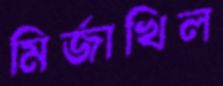
মির্জাখিল